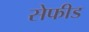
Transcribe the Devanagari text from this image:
सेफीड